Malaria in the Punjab - Number 46
Disease focus: Malaria
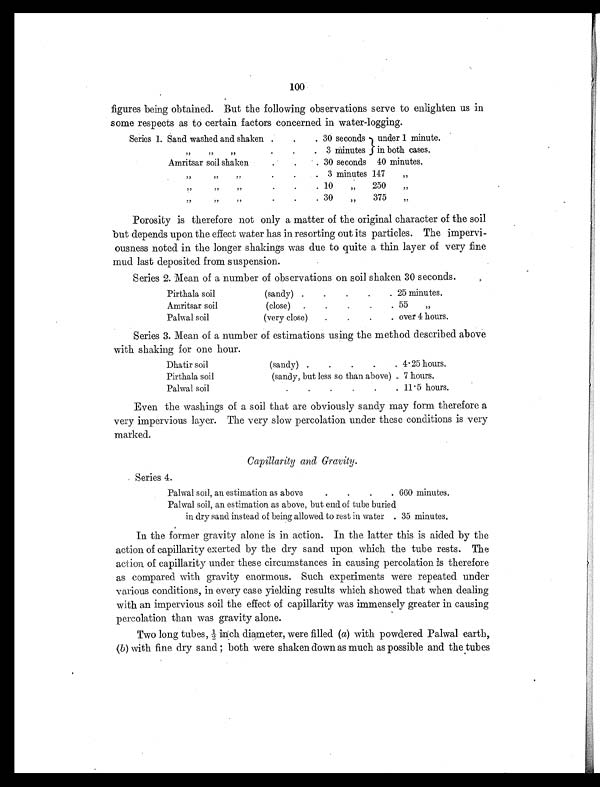
100
figures being obtained. But the following observations serve to enlighten us in
some respects as to certain factors concerned in water-logging.
Series 1. Sand washed and shaken
. . 30 seconds under 1 minute.
„ „
„
.
. . 3 minutes in both cases.
Amritsar soil shaken
.
.
. 30 seconds 40 minutes.
„
„
„
.
.
. 3 minutes 147
„
„
„
„
.
.
. 10
„ 250
„
„ ,,
„ .
.
. 30
,,
375
,,
Porosity is therefore not only a matter of the original character of the soil
but depends upon the effect water has in resorting out its particles. The impervi-
ousness noted in the longer shakings was due to quite a thin layer of very fine
mud last deposited from suspension.
Series 2. Mean of a number of observations on soil shaken 30 seconds.
Pirthala soil
(sandy) .
.
.
.
. 25 minutes.
Amritsar soil
(close)
. .
.
.
. 55
,,
Palwal soil
(very close)
.
.
.
. over 4 hours.
Series 3. Mean of a number of estimations using the method described above
with shaking for one hour.
Dhatir soil
(sandy)
. .
.
.
. 4.25 hours.
Pirthala soil
(sandy, but less so than above) . 7 hours.
Palwal soil
.
.
.
.
.
. 11.5 hours.
Even the washings of a soil that are obviously sandy may form therefore a
very impervious layer. The very slow percolation under these conditions is very
marked.
Capillarity and Gravity.
Series 4.
Palwal soil, an estimation as above
.
.
.
. 660 minutes.
Palwal soil, an estimation as above, but end of tube buried
in dry sand instead of being allowed to rest in water . 35 minutes.
In the former gravity alone is in action. In the latter this is aided by the
action of capillarity exerted by the dry sand upon which the tube rests. The
action of capillarity under these circumstances in causing percolation is therefore
as compared with gravity enormous. Such experiments were repeated under
various conditions, in every case yielding results which showed that when dealing
with an impervious soil the effect of capillarity was immensely greater in causing
percolation than was gravity alone.
Two l ong tubes, ½ i nch di ameter, were fi l l ed ( a ) w i t h p o w d e r e d P a l w a l e a r t h ,
( b) with fine dry sand ; both were shaken down as much as possible and the tubes